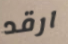
ارقد